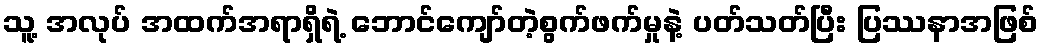
သူ့ အလုပ် အထက်အရာရှိရဲ့ ဘောင်ကျော်တဲ့စွက်ဖက်မှုနဲ့ ပတ်သတ်ပြီး ပြဿနာအဖြစ်